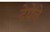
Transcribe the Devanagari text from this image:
देपेचे